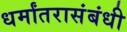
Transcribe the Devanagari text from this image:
धर्मांतरासंबंधी